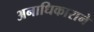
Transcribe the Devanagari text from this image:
अनाधिकाराने